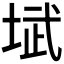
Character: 𪣥